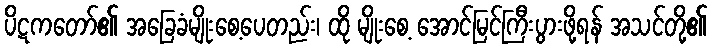
ပိဋကတော်၏ အခြေခံမျိုးစေ့ပေတည်း၊ ထို မျိုးစေ့ အောင်မြင်ကြီးပွားဖို့ရန် အသင်တို့၏